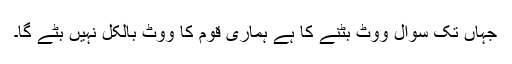
جہاں تک سوال ووٹ بٹنے کا ہے ہماری قوم کا ووٹ بالکل نہیں بٹے گا۔